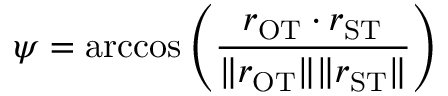
\psi = \operatorname { a r c c o s } { \left( \frac { \boldsymbol { r } _ { \mathrm { O T } } \cdot \boldsymbol { r } _ { \mathrm { S T } } } { \| \boldsymbol { r } _ { \mathrm { O T } } \| \| \boldsymbol { r } _ { \mathrm { S T } } \| } \right) }